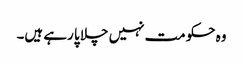
وہ حکومت نہیں چلا پا رہے ہیں۔